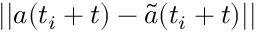
| | a ( t _ { i } + t ) - \tilde { a } ( t _ { i } + t ) | |